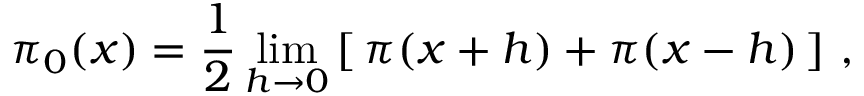
\pi _ { 0 } ( x ) = { \frac { 1 } { 2 } } \operatorname* { l i m } _ { h \to 0 } \left[ \, \pi ( x + h ) + \pi ( x - h ) \, \right] \, ,